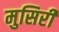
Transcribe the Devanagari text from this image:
मुसिरी